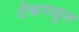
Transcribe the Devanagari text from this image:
टँकमधून